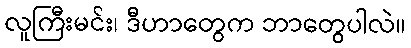
လူကြီးမင်း၊ ဒီဟာတွေက ဘာတွေပါလဲ။